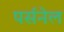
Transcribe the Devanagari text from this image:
पर्सनेल